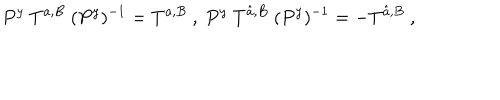
P ^ { y } ~ T ^ { a , B } ~ ( P ^ { y } ) ^ { - 1 } = T ^ { a , B } ~ , ~ P ^ { y } ~ T ^ { \hat { a } , B } ~ ( P ^ { y } ) ^ { - 1 } = - T ^ { \hat { a } , B } ~ , ~ \,